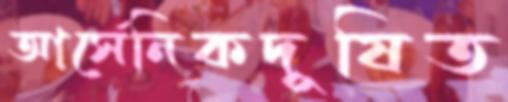
আর্সেনিকদূষিত